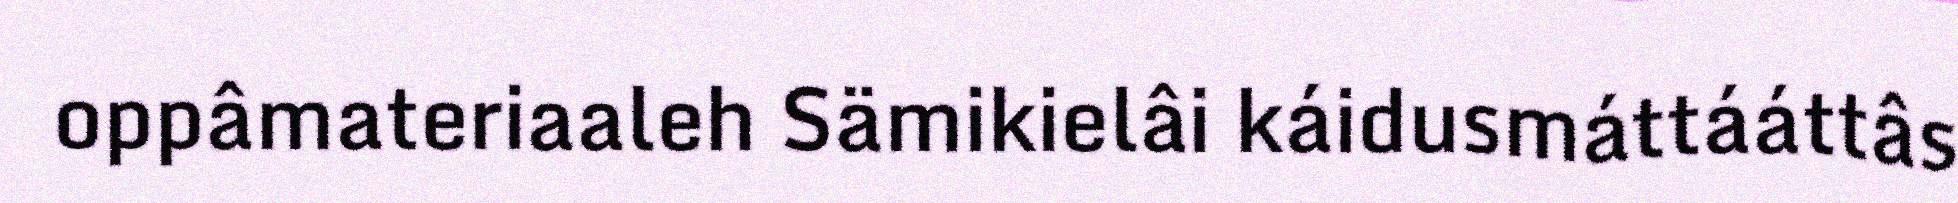
oppâmateriaaleh Sämikielâi káidusmáttááttâs